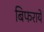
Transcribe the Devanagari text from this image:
बिफराये